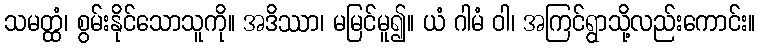
သမတ္ထံ၊ စွမ်းနိုင်သောသူကို။ အဒိဿာ၊ မမြင်မူ၍။ ယံ ဂါမံ ဝါ၊ အကြင်ရွာသို့လည်းကောင်း။